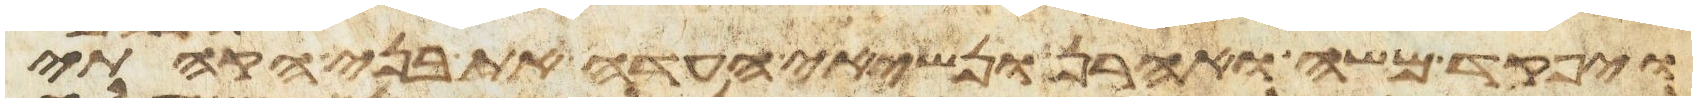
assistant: ויפקד משה ואהרן ונשיאי העדה את בני הקהתי